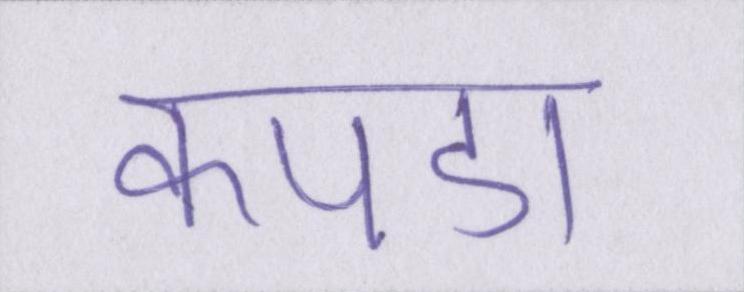
कपडा